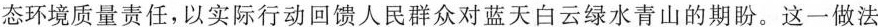
态环境质量责任，以实际行动回馈人民群众对蓝天白云绿水青山的期盼。这一做法